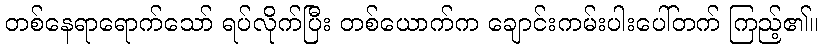
တစ်နေရာရောက်သော် ရပ်လိုက်ပြီး တစ်ယောက်က ချောင်းကမ်းပါးပေါ်တက် ကြည့်၏။